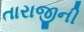
તારાજીની